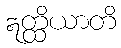
ဣတ္ထိယာတိ